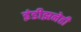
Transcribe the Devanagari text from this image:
इंडीझनेही